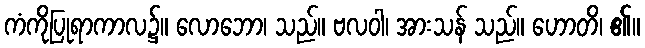
ကံကိုပြုရာကာလ၌။ လောဘော၊ သည်။ ဗလဝါ၊ အားသန် သည်။ ဟောတိ၊ ၏။